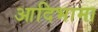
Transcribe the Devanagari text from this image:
आदिभामा